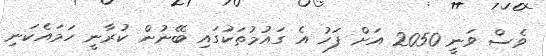
ވެސް ވަނީ 2050 އަށް ފަހު އެ ގައުމުތަކުގައި ބޭނުން ކުރާނީ ހަމައެކަނި